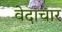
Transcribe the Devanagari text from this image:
वेदाचार